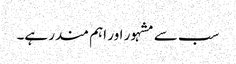
سب سے مشہور اور اہم مندر ہے۔